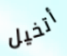
أتخيل